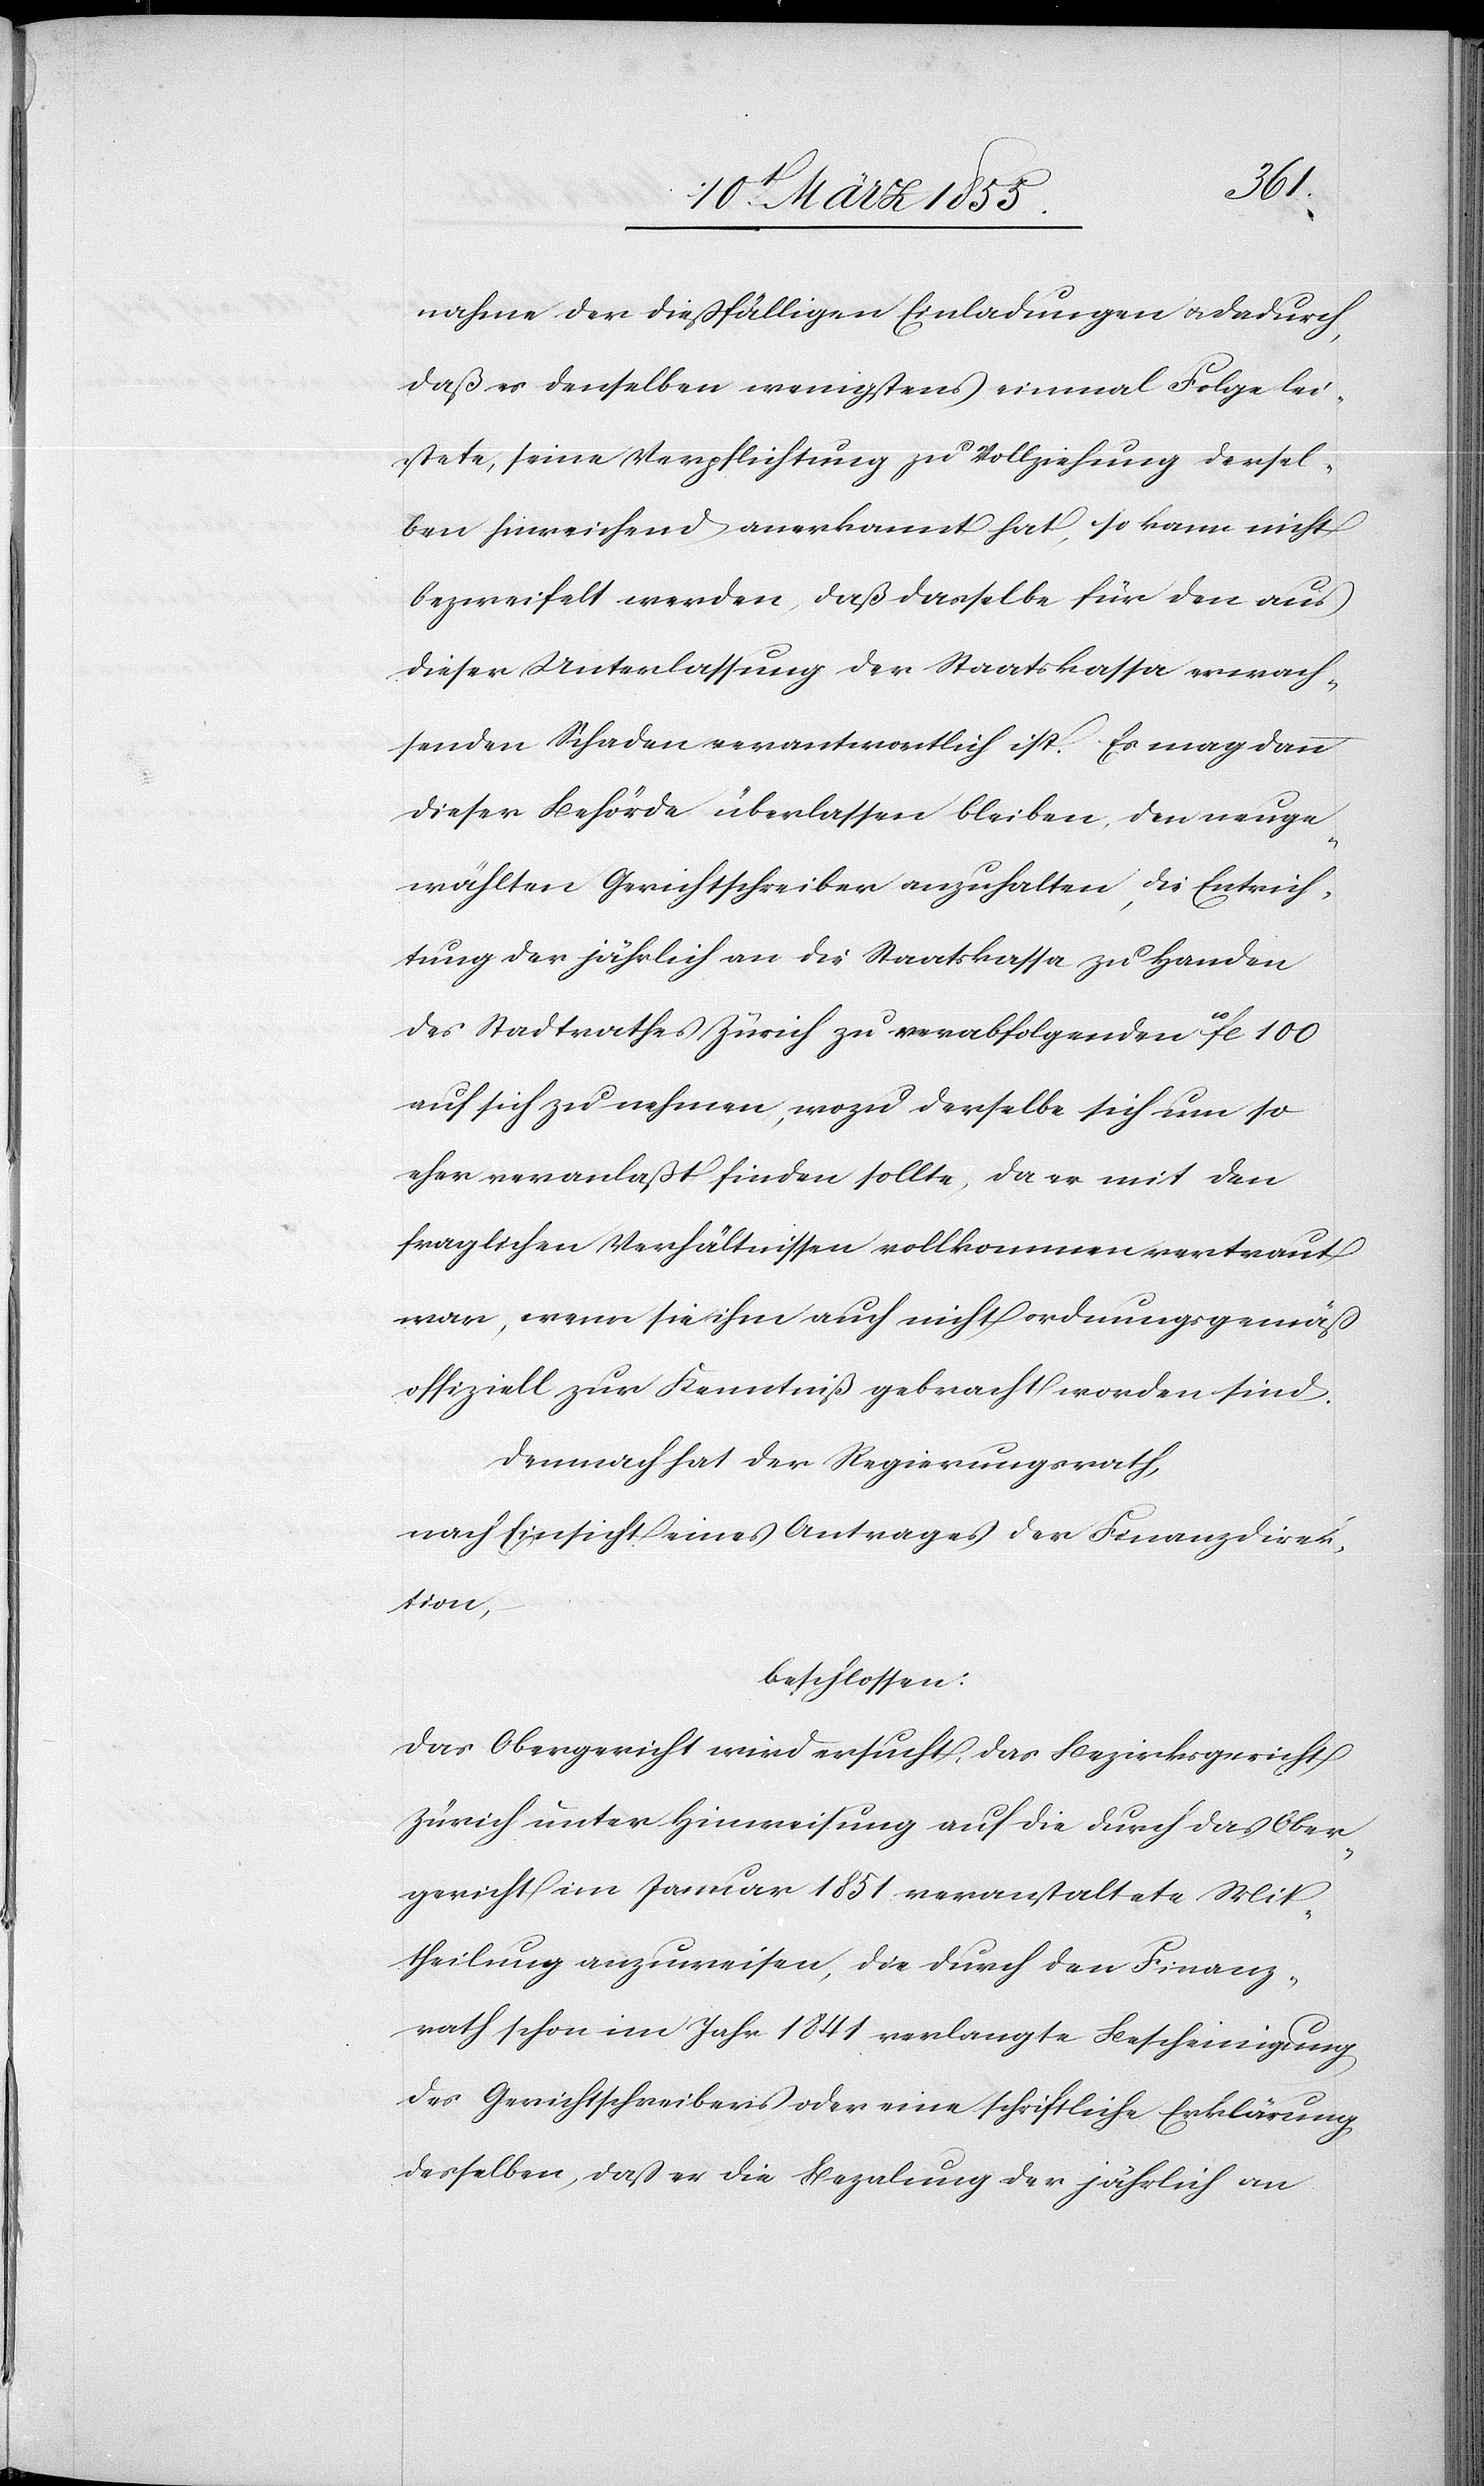
nahme der dießfälligen Einladungen & dadurch,
daß es denselben wenigstens einmal Folge lei¬
stete, seine Verpflichtung zu Vollziehung dersel¬
ben hinreichend anerkannt hat, so kann nicht
bezweifelt werden, daß dasselbe für den aus
dieser Unterlassung der Staatskassa erwach¬
senden Schaden verantwortlich ist. Es mag dann
dieser Behörde überlassen bleiben, den neuge¬
wählten Gerichtschreiber anzuhalten, die Entrich¬
tung der jährlich an die Staatskassa zu Handen
des Stadtrathes Zürich zu verabfolgenden 10fl. 100
auf sich zu nehmen, wozu derselbe sich um so
eher veranlaßt finden sollte, da er mit den
fraglichen Verhältnissen vollkommen vertraut
war, wenn sie ihm auch nicht ordnungsgemäß
offiziell zur Kenntniß gebracht worden sind.
Demnach hat der Regierungsrath,
nach Einsicht eines Antrages der Finanzdirek¬
tion,
beschlossen:
Das Obergericht wird ersucht, das Bezirksgericht
Zürich unter Hinweisung auf die durch das Ober¬
gericht im Januar 1851 veranstaltete Mit¬
theilung anzuweisen, die durch den Finanz¬
rath schon im Jahr 1841 verlangte Bescheinigung
des Gerichtschreibers oder eine schriftliche Erklärung
desselben, daß er die Beza[h]lung der jährlich an